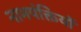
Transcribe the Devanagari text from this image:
नाभपंक्तियों